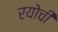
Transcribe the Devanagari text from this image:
रयोची